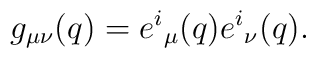
g_{\mu \nu }(q) = e^i{}_\mu (q) e^i{}_\nu (q).